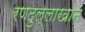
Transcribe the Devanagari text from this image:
रणदुल्लाखान